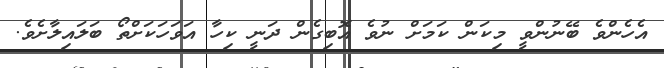
އެހެންވެ ބޭނުންވީ މިކަން ކަމަށް ނުވެ އޮބިގެން ދަނީ ކިހާ އަވަހަކަށްތޯ ބަލައިލާށެވެ.